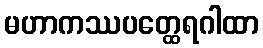
မဟာကဿပတ္ထေရဂါထာ